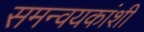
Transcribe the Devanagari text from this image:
समन्वयकांशी